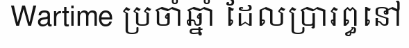
Wartime ប្រចាំឆ្នាំ ដែលប្រារព្ធនៅ